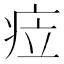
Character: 𱱐